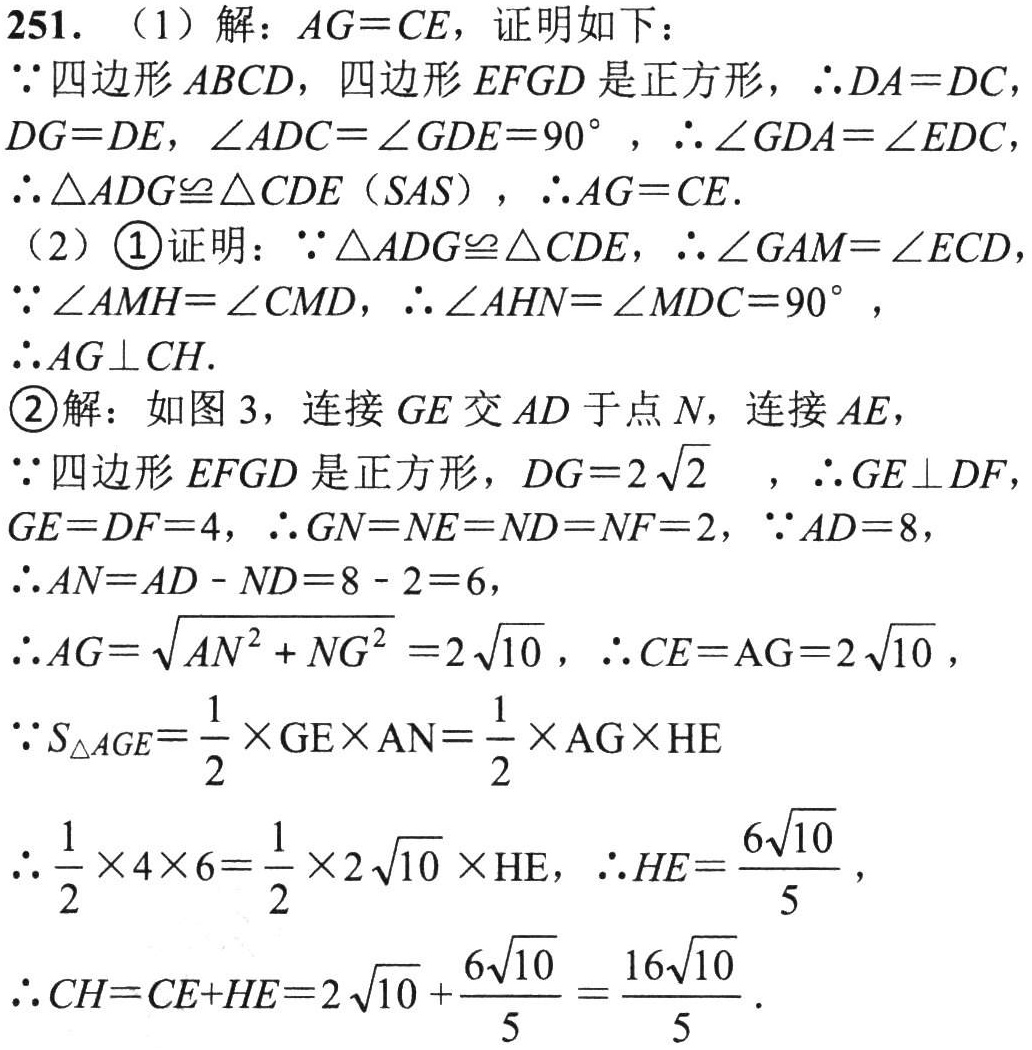
251. （1）解：\(AG = CE\)，证明如下：

\(\because\)四边形\(ABCD\)，四边形\(EFGD\)是正方形，\(\therefore DA = DC\)，\(DG = DE\)，\(\angle ADC=\angle GDE = 90^{\circ}\) ，\(\therefore\angle GDA=\angle EDC\)

\(\therefore\triangle ADG\cong\triangle CDE\)（\(SAS\)），\(\therefore AG = CE\).

（2）\textcircled{1}证明：\(\because\triangle ADG\cong\triangle CDE\)，\(\therefore\angle GAM=\angle ECD\)

\(\because\angle AMH=\angle CMD\)，\(\therefore\angle AHN=\angle MDC = 90^{\circ}\)，

\(\therefore AG\perp CH\).

\textcircled{2}解：如图3，连接\(GE\)交\(AD\)于点\(N\)，连接\(AE\)，

\(\because\)四边形\(EFGD\)是正方形，\(DG = 2\sqrt{2}\) ，\(\therefore GE\perp DF\)，\(GE = DF = 4\)，\(\therefore GN=NE = ND = NF = 2\)，\(\because AD = 8\)，

\(\therefore AN=AD - ND = 8 - 2 = 6\)，

\(\therefore AG=\sqrt{AN^{2}+NG^{2}} = 2\sqrt{10}\) ，\(\therefore CE = AG = 2\sqrt{10}\)，

\(\because S_{\triangle AGE}=\frac{1}{2}\times GE\times AN=\frac{1}{2}\times AG\times HE\)

\(\therefore\frac{1}{2}\times4\times6=\frac{1}{2}\times2\sqrt{10}\times HE\)，\(\therefore HE=\frac{6\sqrt{10}}{5}\)，

\(\therefore CH=CE + HE=2\sqrt{10}+\frac{6\sqrt{10}}{5}=\frac{16\sqrt{10}}{5}\).